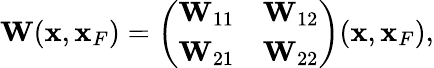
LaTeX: \begin{array}{r}{{\mathbf W}({\mathbf x},{\mathbf x}_{F})=\left(\begin{array}{ll}{{\mathbf W}_{11}}&{{\mathbf W}_{12}}\\ {{\mathbf W}_{21}}&{{\mathbf W}_{22}}\end{array}\right)({\mathbf x},{\mathbf x}_{F}),}\end{array}